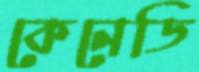
কেনেডি